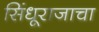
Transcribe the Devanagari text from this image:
सिंधूराजाचा